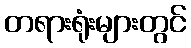
တရားရုံးများတွင်